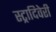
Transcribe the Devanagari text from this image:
स्ट्रादिवेरी